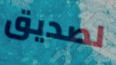
لصديق